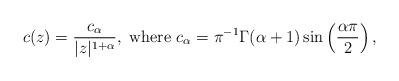
LaTeX: \begin{align*} c(z)=\frac{c_\alpha}{|z|^{1+\alpha}},\textrm{~where~}c_\alpha=\pi^{-1}\Gamma(\alpha+1)\sin\left(\frac{\alpha\pi}{2}\right),\end{align*}